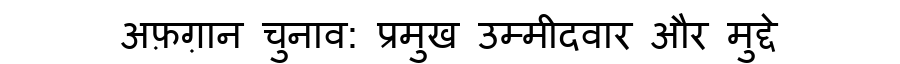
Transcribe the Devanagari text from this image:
अफ़ग़ान चुनाव: प्रमुख उम्मीदवार और मुद्दे